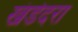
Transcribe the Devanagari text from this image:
खंडेदरा